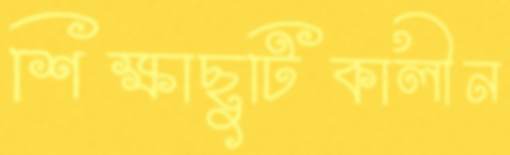
শিক্ষাছুটিকালীন